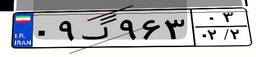
۰۹گ۹۶۳۰۳